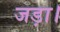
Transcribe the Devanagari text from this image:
जड़ा।